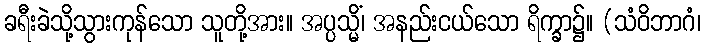
ခရီးခဲသို့သွားကုန်သော သူတို့အား။ အပ္ပသ္မိံ၊ အနည်းငယ်သော ရိက္ခာ၌။ (သံဝိဘာဂံ၊